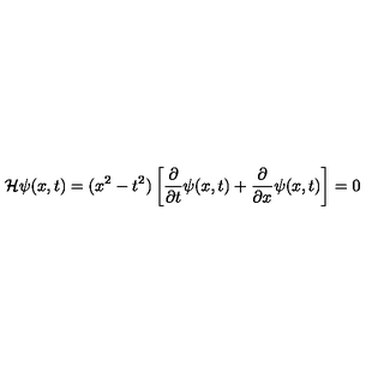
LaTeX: { \cal H } \psi ( x , t ) = ( x ^ { 2 } - t ^ { 2 } ) \left[ \frac { \partial } { \partial t } \psi ( x , t ) + \frac { \partial } { \partial x } \psi ( x , t ) \right] = 0